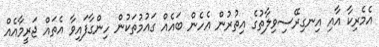
އެމެރިކާ އާއި އިނގިރޭސިވިލާތުގެ އިތުރުން އެހެން ބައެއް ގައުމުތަކުން ހިންގާފައިވާ އެތައް ޖަރީމާއެއް